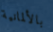
بالألمانية